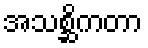
အသစ္ဆိကတာ